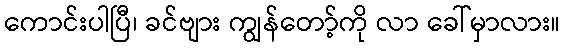
ကောင်းပါပြီ၊ ခင်ဗျား ကျွန်တော့်ကို လာ ခေါ်မှာလား။